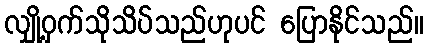
လျှို့ဝှက်သိုသိပ်သည်ဟုပင် ပြောနိုင်သည်။